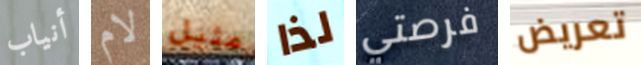
أنياب لام مثيل لذا فرصتي تعريض